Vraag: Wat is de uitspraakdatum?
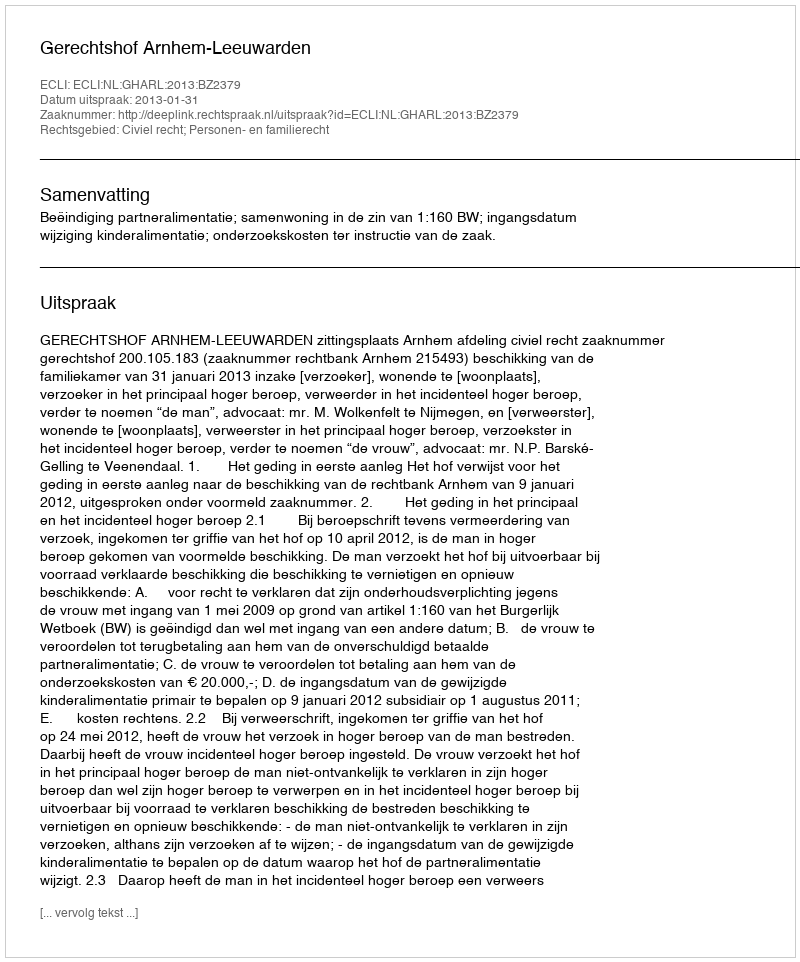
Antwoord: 2013-01-31